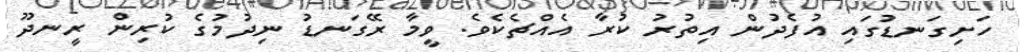
ހަށިގަނޑުގައި އުފެދުން އިތުރު ކުރާ އެއްޗެކެވެ. ވީމާ ރޭގަނޑު ނިދުމުގެ ކުރިން ރީނދޫ